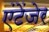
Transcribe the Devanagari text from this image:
एंटेंजेर